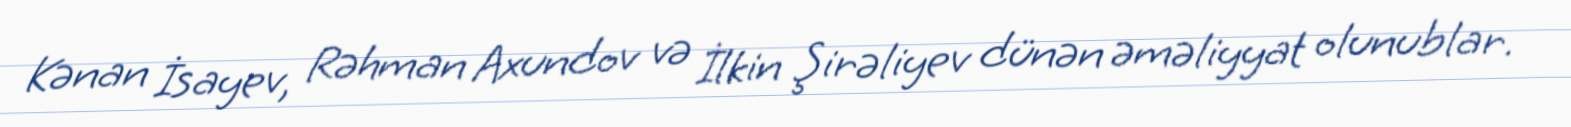
Kənan İsayev, Rəhman Axundov və İlkin Şirəliyev dünən əməliyyat olunublar.